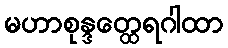
မဟာစုန္ဒတ္ထေရဂါထာ